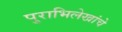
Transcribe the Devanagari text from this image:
पुराभिलेखांचे